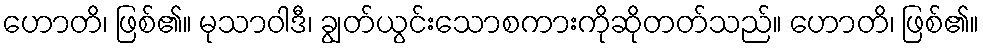
ဟောတိ၊ ဖြစ်၏။ မုသာဝါဒီ၊ ချွတ်ယွင်းသောစကားကိုဆိုတတ်သည်။ ဟောတိ၊ ဖြစ်၏။